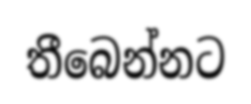
තීබෙන්නට